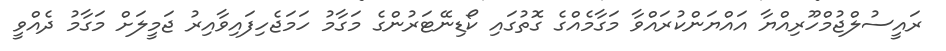
ރައީސުލްޖުމްހޫރިއްޔާ އައްޔަންކުރައްވާ މަގާމެއްގެ ގޮތުގައި ކޯޑިނޭޓަރުންގެ މަގާމު ހަމަޖެހިފައިވާއިރު ޖަމީލަށް މަގާމު ދެއްވީ